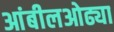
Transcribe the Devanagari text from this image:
आंबीलओढ्या